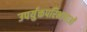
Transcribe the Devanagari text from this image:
उपर्युक्तपरिभाषाओं